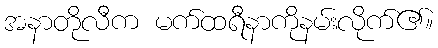
အနာတိုလီက မက်ထရီနာကိုနမ်းလိုက်၏။